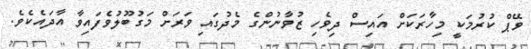
ވޭޕް ކުރުމަކީ މިހާރަކަށް އައިސް ދިވެހި ޒުވާނުންގެ މެދުގައި ވަރަށް މަގުބޫލުވެފައިވާ އާދައެކެވެ.